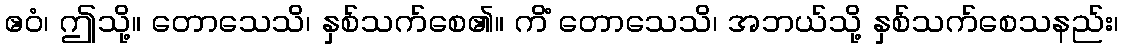
ဧဝံ၊ ဤသို့။ တောသေသိ၊ နှစ်သက်စေ၏။ ကိံ တောသေသိ၊ အဘယ်သို့ နှစ်သက်စေသနည်း၊